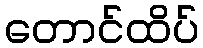
တောင်ထိပ်